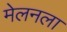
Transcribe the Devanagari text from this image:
मेलनला